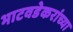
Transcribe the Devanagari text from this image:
भाटवडेकरांच्या